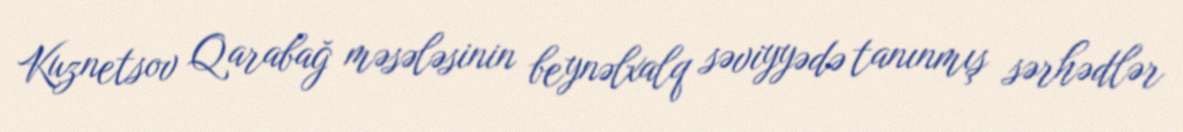
Kuznetsov Qarabağ məsələsinin beynəlxalq səviyyədə tanınmış sərhədlər